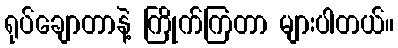
ရုပ်ချောတာနဲ့ ကြိုက်ကြတာ များပါတယ်။